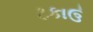
ટકાઉ